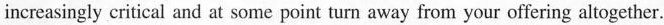
increasingly critical and at some point turn away from your offering altogether.